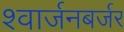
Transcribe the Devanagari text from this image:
श्वार्जनबर्जर